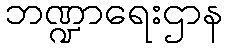
ဘဏ္ဍာရေးဌာန